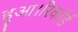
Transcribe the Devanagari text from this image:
हुआ।रिकॉर्ड